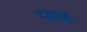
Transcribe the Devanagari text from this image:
च्हुके